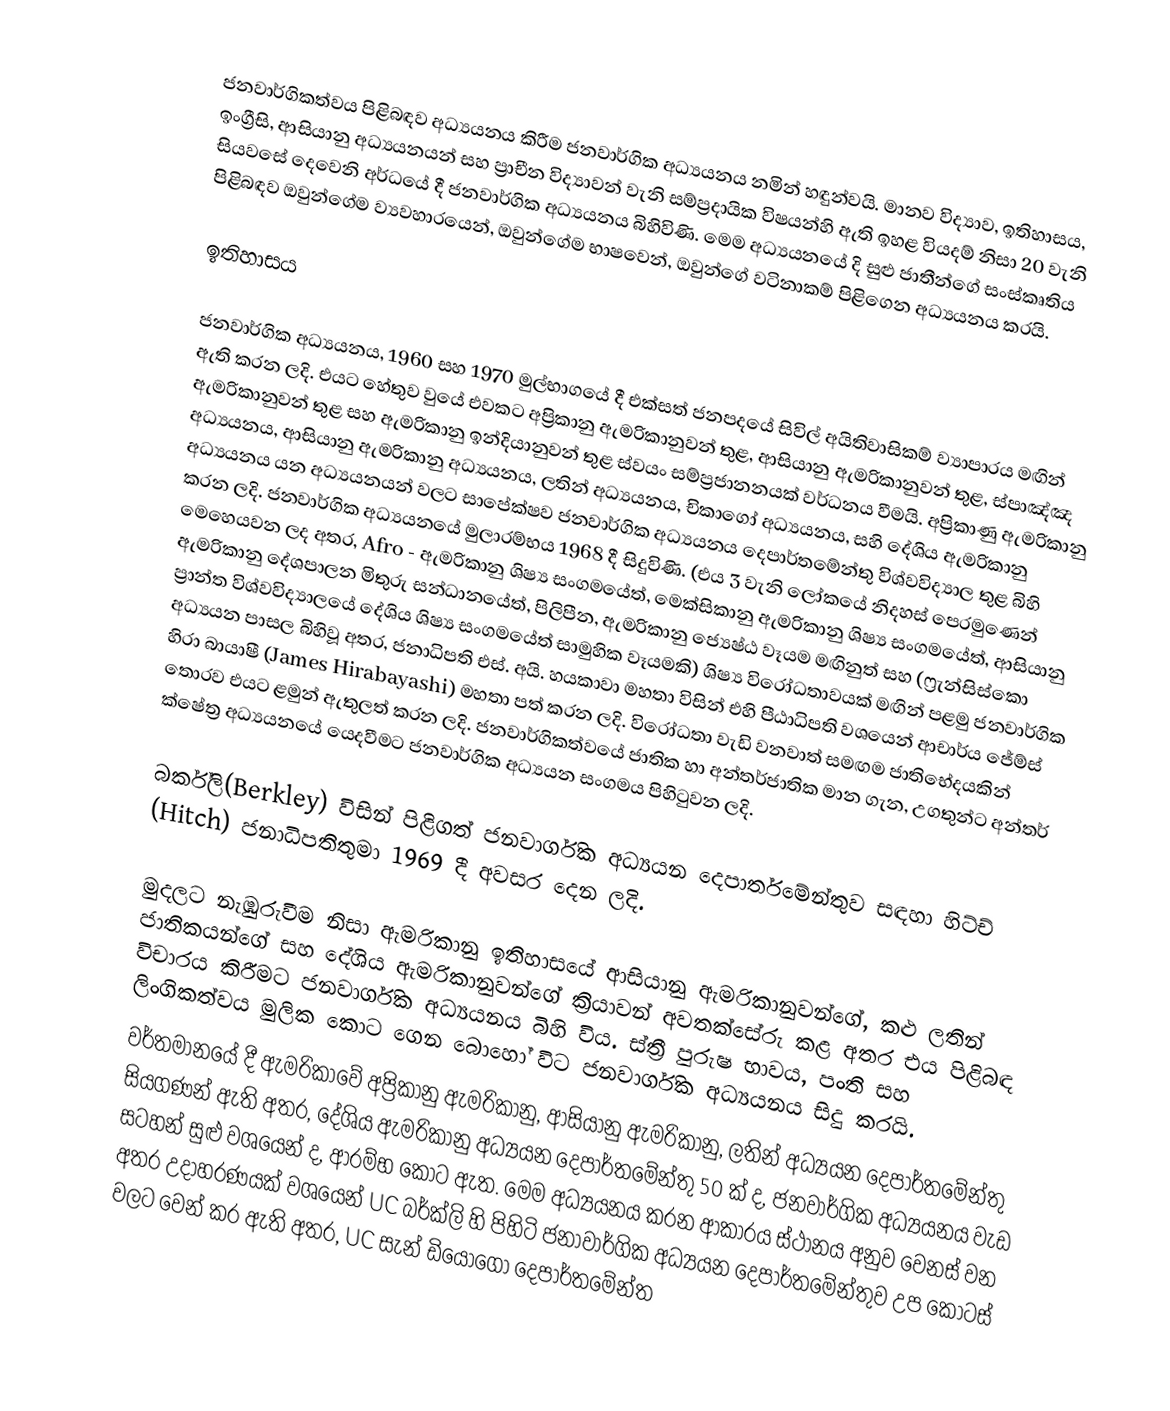
ජනවාර්ගිකත්වය පිළිබඳව අධ්‍යයනය කිරීම ජනවාර්ගික අධ්‍යයනය නමින් හඳුන්වයි. මානව විද්‍යාව, ඉතිහාසය, ඉංග්‍රීසි, ආසියානු අධ්‍යයනයන් සහ ප්‍රාචීන විද්‍යාවන් වැනි සම්ප්‍රදායික විෂයන්හි ඇති ඉහළ වියදම් නිසා 20 වැනි සියවසේ දෙවෙනි අර්ධයේ දී ජනවාර්ගික අධ්‍යයනය බිහිවිණි. මෙම අධ්‍යයනයේ දි සුළු ජාතීන්ගේ සංස්කෘතිය පිළිබඳව ඔවුන්ගේම ව්‍යවහාරයෙන්, ඔවුන්ගේම  භාෂවෙන්, ඔවුන්ගේ වටිනාකම් පිළිගෙන අධ්‍යයනය කරයි.

ඉතිහාසය

ජනවාර්ගික අධ්‍යයනය, 1960 සහ 1970 මුල්භාගයේ දී එක්සත් ජනපදයේ සිවිල් අයිතිවාසිකම් ව්‍යාපාරය මඟින් ඇති කරන ලදි. එයට හේතුව වුයේ එවකට අප්‍රිකානු ඇමරිකානුවන් තුළ, ආසියානු ඇමරිකානුවන් තුළ, ස්පාඤ්ඤ ඇමරිකානුවන් තුළ සහ ඇමරිකානු ඉන්දියානුවන් තුළ ස්වයං සම්ප්‍රජානනයක්  වර්ධනය වීමයි.  අප්‍රිකාණු ඇමරිකානු අධ්‍යයනය, ආසියානු  ඇමරිකානු අධ්‍යයනය, ලතින් අධ්‍යයනය, චිකාගෝ අධ්‍යයනය, සහි දේශිය ඇමරිකානු අධ්‍යයනය යන අධ්‍යයනයන් වලට සාපේක්ෂව ජනවාර්ගික අධ්‍යයනය දෙපාර්තමේන්තු විශ්වවිද්‍යාල තුළ බිහි කරන ලදි. ජනවාර්ගික අධ්‍යයනයේ මුලාරම්භය 1968 දී සිදුවිණි. (එය 3 වැනි ලෝකයේ නිදහස් පෙරමුණෙන් මෙහෙයවන ලද අතර, Afro -  ඇමරිකානු ශිෂ්‍ය සංගමයේත්, මෙක්සිකානු ඇමරිකානු  ශිෂ්‍ය සංගමයේත්, ආසියානු ඇමරිකානු දේශපාලන මිතුරු සන්ධානයේත්, පිලිපීන, ඇමරිකානු ජ්‍යෙෂ්ඨ වෑයම මඟිනුත් සහ (ෆ්‍රැන්සිස්කො ප්‍රාන්ත විශ්වවිද්‍යාලයේ දේශිය ශිෂ්‍ය සංගමයේත් සාමුහික වෑයමකි) ශිෂ්‍ය විරෝධතාවයක් මඟින් පළමු ජනවාර්ගික අධ්‍යයන පාසල බිහිවූ අතර, ජනාධිපති එස්. අයි. හයකාවා මහතා විසින් එහි පීඨාධිපති වශයෙන් ආචාර්ය  ජේම්ස් හිරා බායාෂී (James Hirabayashi)  මහතා පත් කරන ලදි. විරෝධතා වැඩි වනවාත් සමඟම ජාතිභේදයකින් තොරව එයට ළමුන් ඇතුලත් කරන ලදි. ජනවාර්ගිකත්වයේ ජාතික හා අන්තර්ජාතික මාන ගැන, උගතුන්ට අන්තර් ක්ෂේත්‍ර අධ්‍යයනයේ යෙදවීමට ජනවාර්ගික අධ්‍යයන සංගමය පිහිටුවන ලදි.

බර්ක්ලි(Berkley) විසින් පිළිගත් ජනවාර්ගික අධ්‍යයන දෙපාර්ත‍මේන්තුව සඳහා හිට්ච් (Hitch) ජනාධිපතිතුමා 1969 දී අවසර දෙන ලදි.

මුදලට නැඹුරුවීම නිසා ඇමරිකානු ඉතිහාසයේ ආසියානු ඇමරිකානුවන්ගේ,  කළු ලතින් ජාතිකයන්ගේ සහ දේශිය ඇමරිකානුවන්ගේ ක්‍රියාවන් අවතක්සේරු කළ අතර එය පිළිබඳ විචාරය කිරීමට ජනවාර්ගික අධ්‍යයනය බිහි විය. ස්ත්‍රී පුරුෂ භාවය, පංති සහ ලිංගිකත්වය මුලික කොට ‍ගෙන බොහෝ විට ජනවාර්ගික අධ්‍යයනය සිදු කරයි.
වර්තමානයේ දී ඇමරිකාවේ අප්‍රිකා‍නු ඇමරිකානු, ආසියානු ඇමරිකානු, ලතින් අධ්‍යයන දෙපාර්තමේන්තු සියගණන් ඇති අතර, දේශිය ඇමරිකානු අධ්‍යයන දෙපාර්තමේන්තු 50 ක් ද,  ජනවාර්ගික අධ්‍යයනය වැඩ සටහන් සුළු වශයෙන් ද, ආරම්භ කොට ඇත. මෙම අධ්‍යයනය කරන ආකාරය ස්ථානය අනුව වෙනස් වන අතර උදාහරණයක් වශයෙන්  UC බර්ක්ලි හි පිහිටි ජනාවාර්ගික  අධ්‍යයන දෙපාර්තමේන්තුව උප කොටස් වලට වෙන් කර ඇති අතර, UC සැන් ඩියොගෝ දෙපාර්තමේන්ත